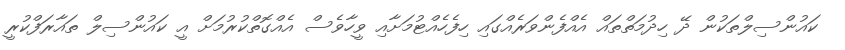
ކައުންސިލްތަކުން ދޭ ހިދުމަތްތައް އެއްފެންވަރެއްގައި ހިފެހެއްޓުމަށާއި ވީހާވެސް އެއްގޮތްކުރުމަށް އީ ކައުންސިލް ތައާރަފްކުރީ